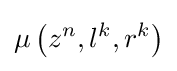
\mu \left(z^{n},l^{k},r^{k}\right)